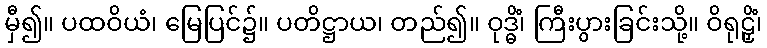
မှီ၍။ ပထဝိယံ၊ မြေပြင်၌။ ပတိဋ္ဌာယ၊ တည်၍။ ဝုဒ္ဓိံ၊ ကြီးပွားခြင်းသို့။ ဝိရုဠှိံ၊